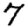
Digit: 7